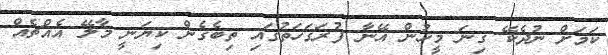
ކަމަށް ނުދެކޭ ގިނަ މީހުން އޭނާ ފުރަގަހަތުގައި ތިބެގެން ކިޔަނީ މާލޭ އެއްޗެއް